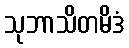
သုဘာသိတမိဒံ